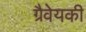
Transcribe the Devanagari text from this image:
ग्रैवेयकी